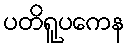
ပတိရူပကေန